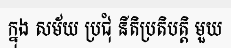
ក្នុង សម័យ ប្រជុំ នីតិប្រតិបត្តិ មួយ